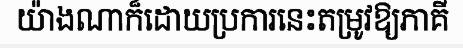
យ៉ាងណាក៏ដោយប្រការនេះតម្រូវឱ្យភាគី